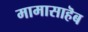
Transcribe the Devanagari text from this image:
मामासाहॆब